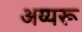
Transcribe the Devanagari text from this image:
अय्यरू